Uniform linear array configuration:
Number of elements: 4
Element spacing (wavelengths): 1
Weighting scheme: kaiser
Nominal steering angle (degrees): -30
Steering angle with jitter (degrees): -29.504
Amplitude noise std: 0.05
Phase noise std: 0.05

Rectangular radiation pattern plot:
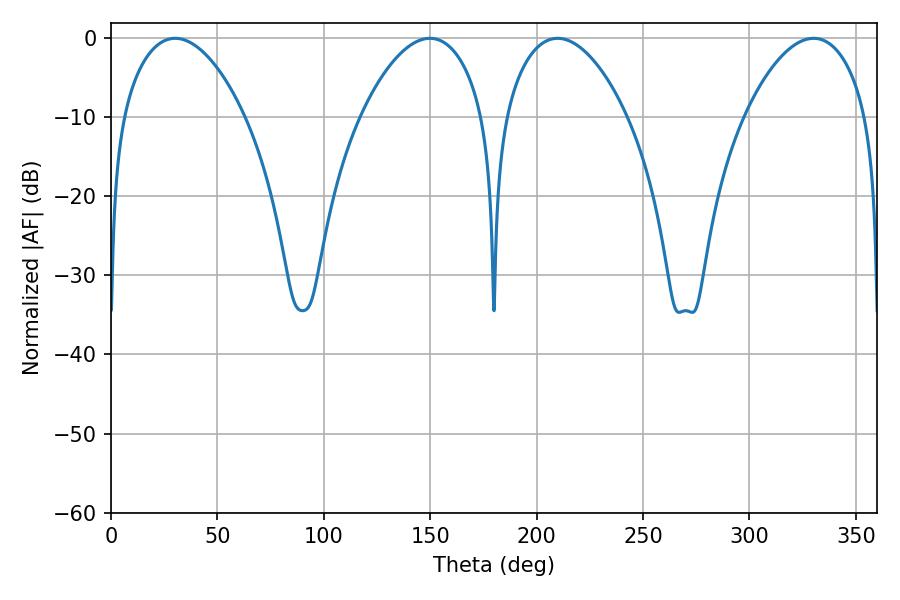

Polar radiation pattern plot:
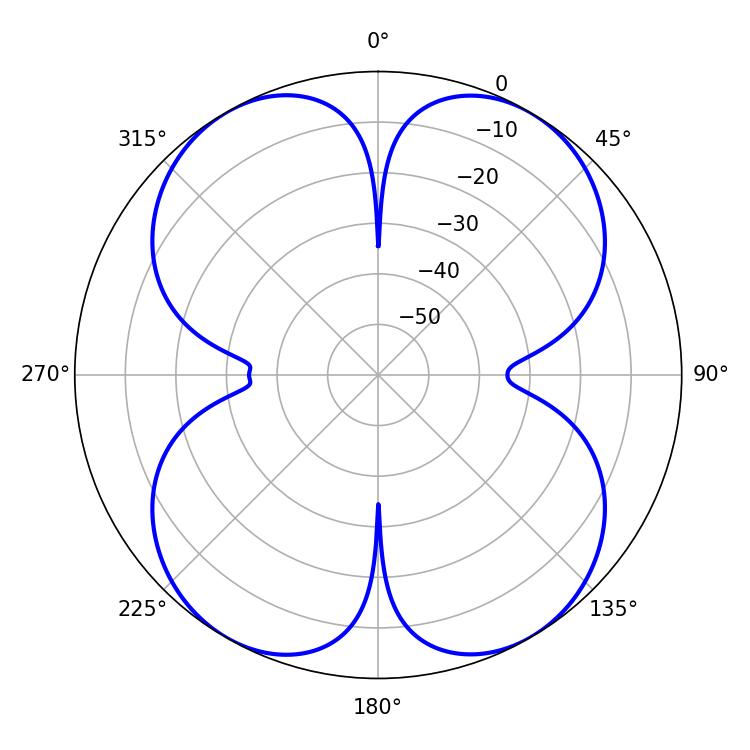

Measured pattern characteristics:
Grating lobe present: TRUE
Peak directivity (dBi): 24.659
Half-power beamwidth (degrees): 32.22
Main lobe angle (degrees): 209.88